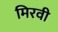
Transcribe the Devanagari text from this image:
मिरवी